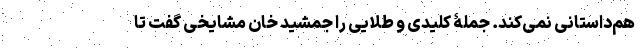
هم‌داستانی نمی‌کند. جملۀ کلیدی و طلایی را جمشید خان مشایخی گفت تا